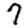
Digit: 7